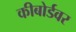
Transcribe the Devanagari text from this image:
कीबोर्डवर